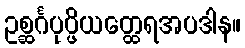
ဥစ္ဆင်္ဂပုပ္ဖိယတ္ထေရအပဒါန။